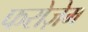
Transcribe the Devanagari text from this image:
फरोज़ेम